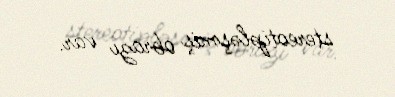
stereotipləşmiş obrazı var.